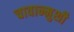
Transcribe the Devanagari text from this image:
चावान्मुशी